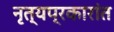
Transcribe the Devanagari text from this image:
नृत्यप्रकारांत